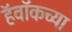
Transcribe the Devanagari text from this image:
हॅवॉकच्या